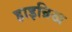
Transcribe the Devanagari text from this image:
हाइन्रिख